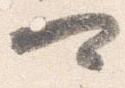
可